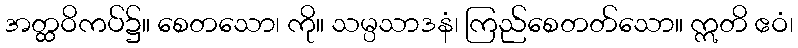
အတ္ထဝိကပ်၌။ စေတသော၊ ကို။ သမ္ပသာဒနံ၊ ကြည်စေတတ်သော။ ဣတိ ဧဝံ၊